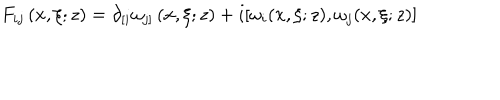
F _ { i j } \left( x , \xi ; z \right) = \partial _ { \lbrack i } \omega _ { j ] } \left( x , \xi ; z \right) + i [ \omega _ { i } ( x , \xi ; z ) , \omega _ { j } ( x , \xi ; z ) ]